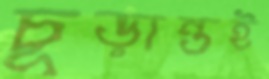
চূড়ান্তই